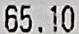
65.10